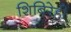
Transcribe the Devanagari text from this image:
शिबिरेही